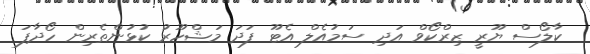
ކާލޯސް ޔޫރީ ޒިރްކޯވް އަދި ސަމުއެލް އެޓޫ ފަދަ މަޝްހޫރު ކުޅުންތެރިން ހޯދާފަ